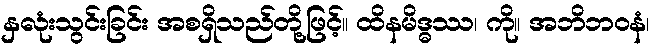
နှလုံးသွင်းခြင်း အစရှိသည်တို့ဖြင့်။ ထိနမိဒ္ဓဿ၊ ကို။ အဘိဘဝနံ၊